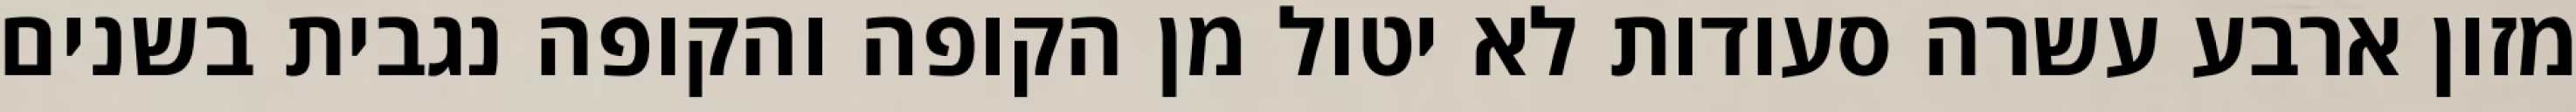
מזון ארבע עשרה סעודות לא יטול מן הקופה והקופה נגבית בשנים